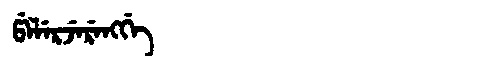
Manchu: ᡦᡝᠯᡝᡵᠵᡝᡵᡝᠩᡤᡝ
Romanization: PELERJERENGGE